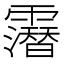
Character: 𲊐